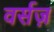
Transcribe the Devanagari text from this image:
वर्सज़